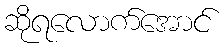
ဆိုရလောက်အောင်